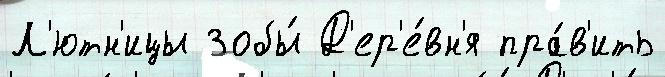
Л'ютн'ицы Зобы́ Д'ер'е́вн'я пра́в'ить